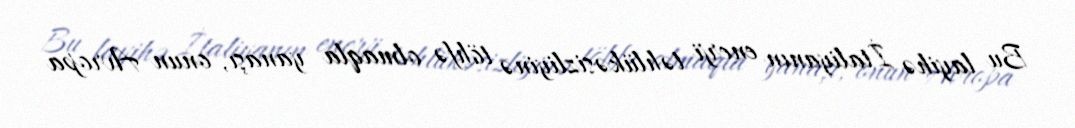
Bu layihə İtaliyanın enerji təhlükəsizliyinə töhfə olmaqla yanaşı, onun Avropa